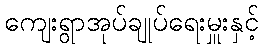
ကျေးရွာအုပ်ချုပ်ရေးမှူးနှင့်